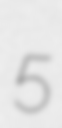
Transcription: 5